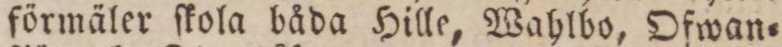
förmäler ſkola båda Hille, Wahlbo, Ofwan=